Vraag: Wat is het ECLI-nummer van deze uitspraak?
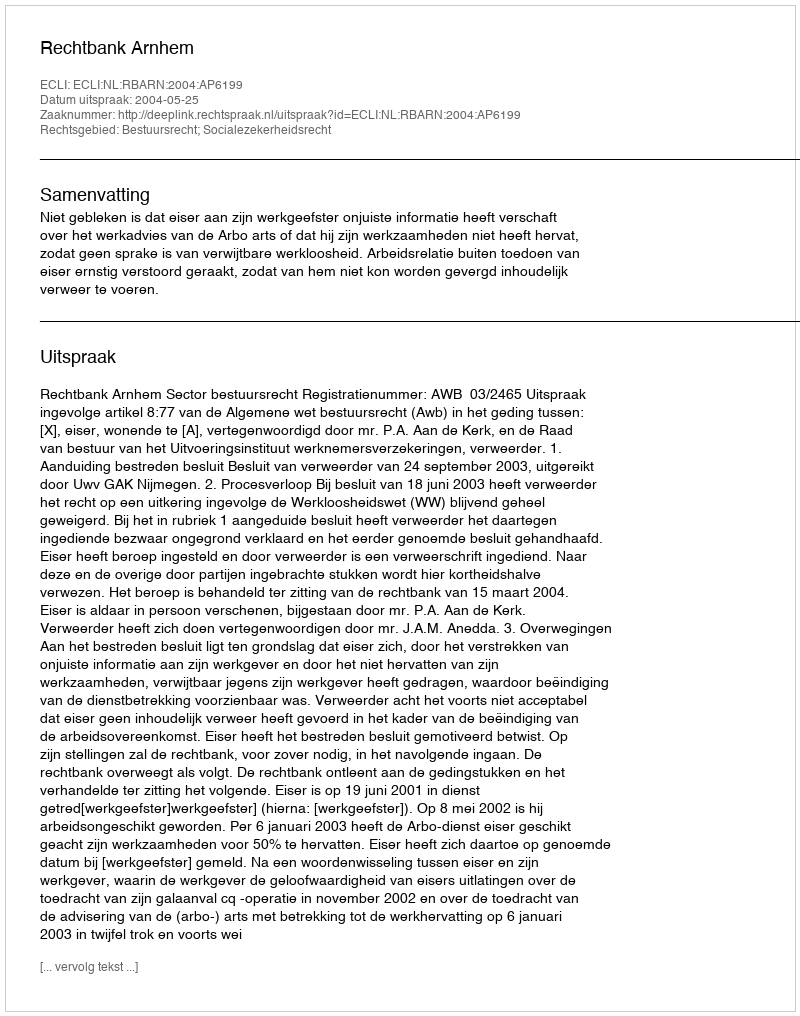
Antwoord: ECLI:NL:RBARN:2004:AP6199